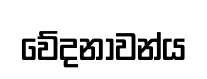
වේදනාවන්ය